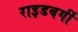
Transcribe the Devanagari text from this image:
राइडबर्गी